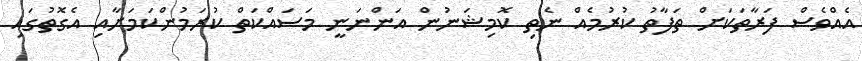
އެއްވެސް ފަރާތަކަށް ތަފާތު ކުރުމެއް ނެތި ކޮމިޝަނުން އަންނަނީ މަސައްކަތް ކުރަމުންކަމަށާއި އެގޮތުގައި